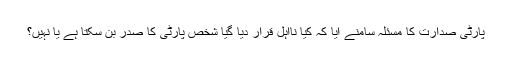
پارٹی صدارت کا مسئلہ سامنے آیا کہ کیا نااہل قرار دیا گیا شخص پارٹی کا صدر بن سکتا ہے یا نہیں؟